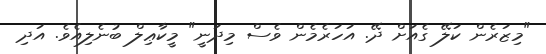
"މިޒަރެން ކަލޭ ގެއަށް ދޭ. އަހަރެމެން ވެސް މިދަނީ" މީކާޢިލް ބުނެލިއެވެ. އަދި